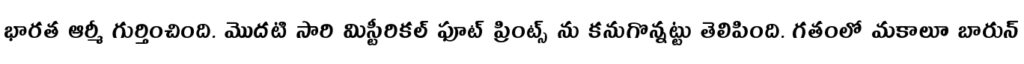
భారత ఆర్మీ గుర్తించింది. మొదటి సారి మిస్టీరికల్ ఫూట్ ప్రింట్స్ ను కనుగొన్నట్టు తెలిపింది. గతంలో మకాలూ బారున్